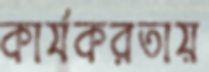
কার্যকরতায়